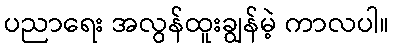
ပညာရေး အလွန်ထူးချွန်မဲ့ ကာလပါ။